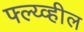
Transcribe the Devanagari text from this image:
फ्ल्य्व्हील